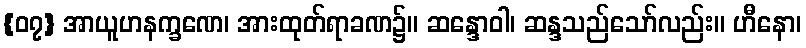
{၀၇} အာယူဟနက္ခဏေ၊ အားထုတ်ရာခဏ၌။ ဆန္ဒောဝါ၊ ဆန္ဒသည်သော်လည်း။ ဟီနော၊